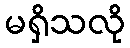
မရှိသလို